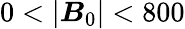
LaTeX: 0<|\boldsymbol{B}_{0}|<800